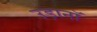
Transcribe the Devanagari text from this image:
उड़ानॉ